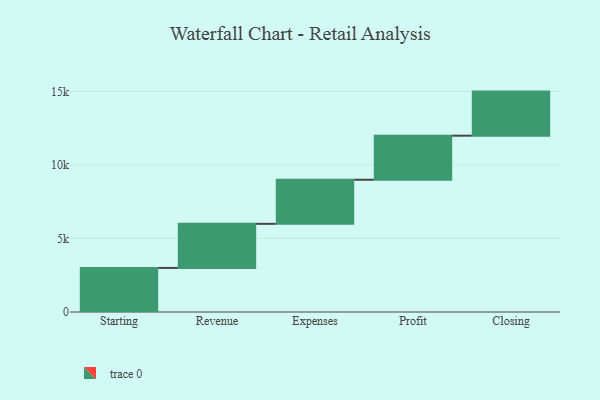
{"axis": {"x": "Step", "y": "Value"}, "legend": [""], "data": [{"x": "Starting", "y": 3000, "type": ""}, {"x": "Revenue", "y": 3000, "type": ""}, {"x": "Expenses", "y": 3000, "type": ""}, {"x": "Profit", "y": 3000, "type": ""}, {"x": "Closing", "y": 3000, "type": ""}]}